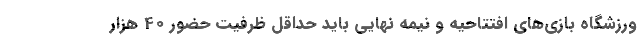
ورزشگاه بازى‌هاى افتتاحیه و نیمه‌ نهایى باید حداقل ظرفیت حضور 40 هزار